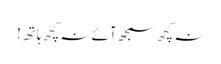
نہ کچھ سمجھ آئے نہ کچھ ہاتھ!